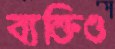
ব্যক্তিও